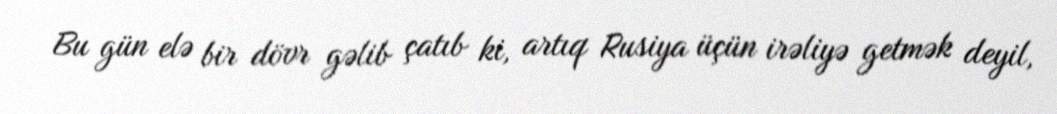
Bu gün elə bir dövr gəlib çatıb ki, artıq Rusiya üçün irəliyə getmək deyil,